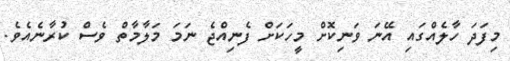
މިފަދަ ހާލެއްގައި އޭނަ ވަނިކޮށް މީހަކަށް ފެނިއްޖެ ނަމަ މަލާމާތް ވެސް ކުރާނެއެވެ.